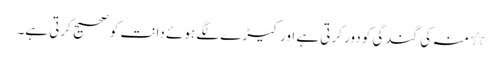
٭ منہ کی گندگی کو دور کرتی ہے اور کیڑے لگے ہوئے دانت کو صحیح کرتی ہے۔